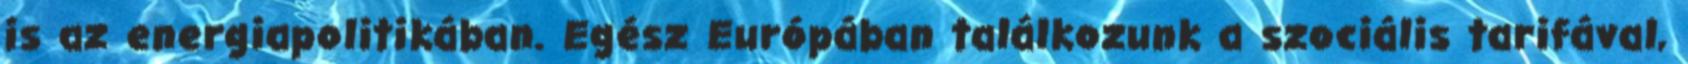
is az energiapolitikában. Egész Európában találkozunk a szociális tarifával,